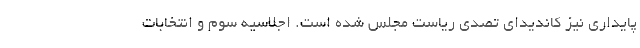
پایداری نیز كاندیدای تصدی ریاست مجلس شده است. اجلاسیه سوم و انتخابات